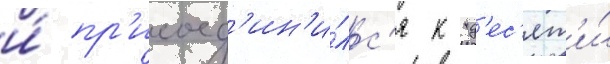
и́ пр'исоед'ин'и́лс'я к "д'ес'ят'и́